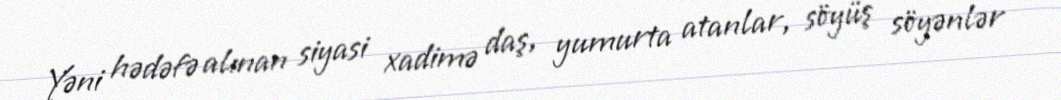
Yəni hədəfə alınan siyasi xadimə daş, yumurta atanlar, söyüş söyənlər